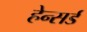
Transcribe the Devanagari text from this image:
हेन्सर्ड